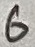
Text: 6